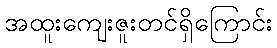
အထူးကျေးဇူးတင်ရှိကြောင်း